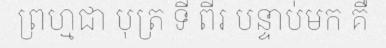
ព្រហ្មជា បុត្រ ទី ពីរ បន្ទាប់មក គឺ